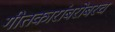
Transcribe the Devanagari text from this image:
गीतकारांबरोबरच